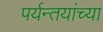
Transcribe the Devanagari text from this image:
पर्यन्तयांच्या